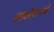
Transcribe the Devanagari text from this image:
साक्षीदारांची